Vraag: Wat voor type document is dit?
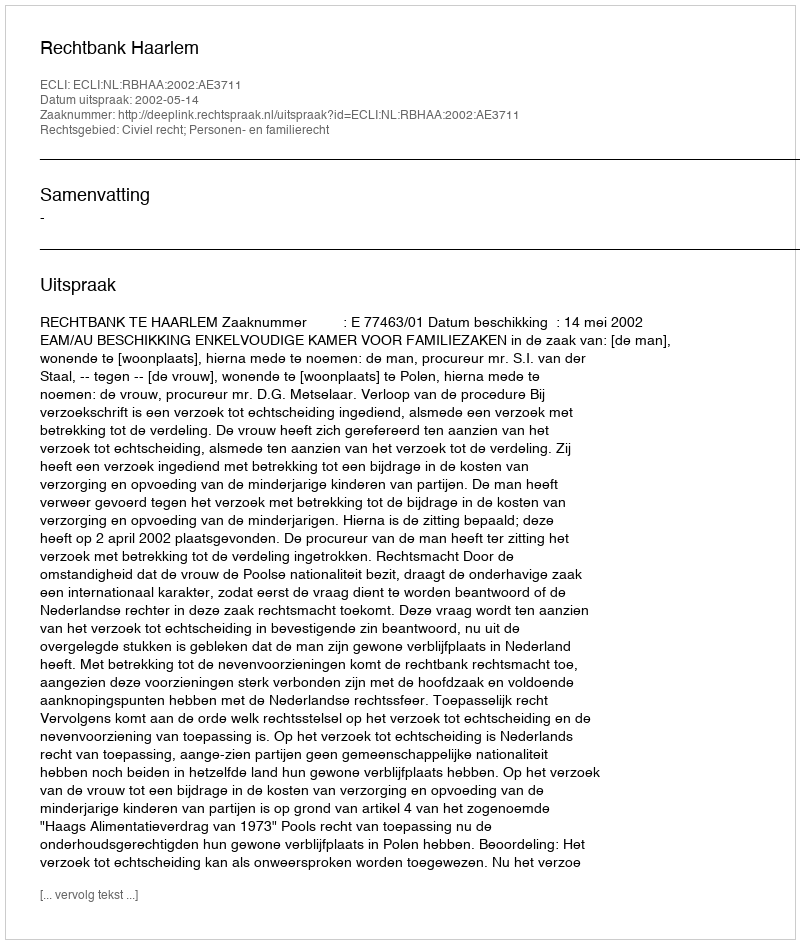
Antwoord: Uitspraak